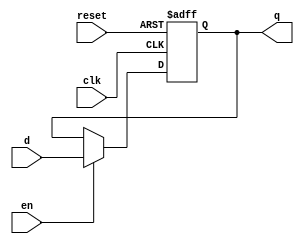
`timescale 1ns / 1ps
//////////////////////////////////////////////////////////////////////////////////
// Company: 
// Engineer: 
// 
// Design Name: 
// Module Name: DFF_3
// Project Name: 
// Target Devices: 
// Tool Versions: 
// Description: 
// 
// Dependencies: 
// 
// Revision:
// Revision 0.01 - File Created
// Additional Comments:
// 
//////////////////////////////////////////////////////////////////////////////////


module DFF_3(q, clk, d, reset, en);
input clk, d, reset, en;
output reg q;

always@ (posedge clk, posedge reset)
begin
 
    if (reset )
    q <= 1'b0;
    else if (en==0)
    q <= q;
     else 
     q <= d;
end
endmodule